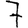
Digit: 7